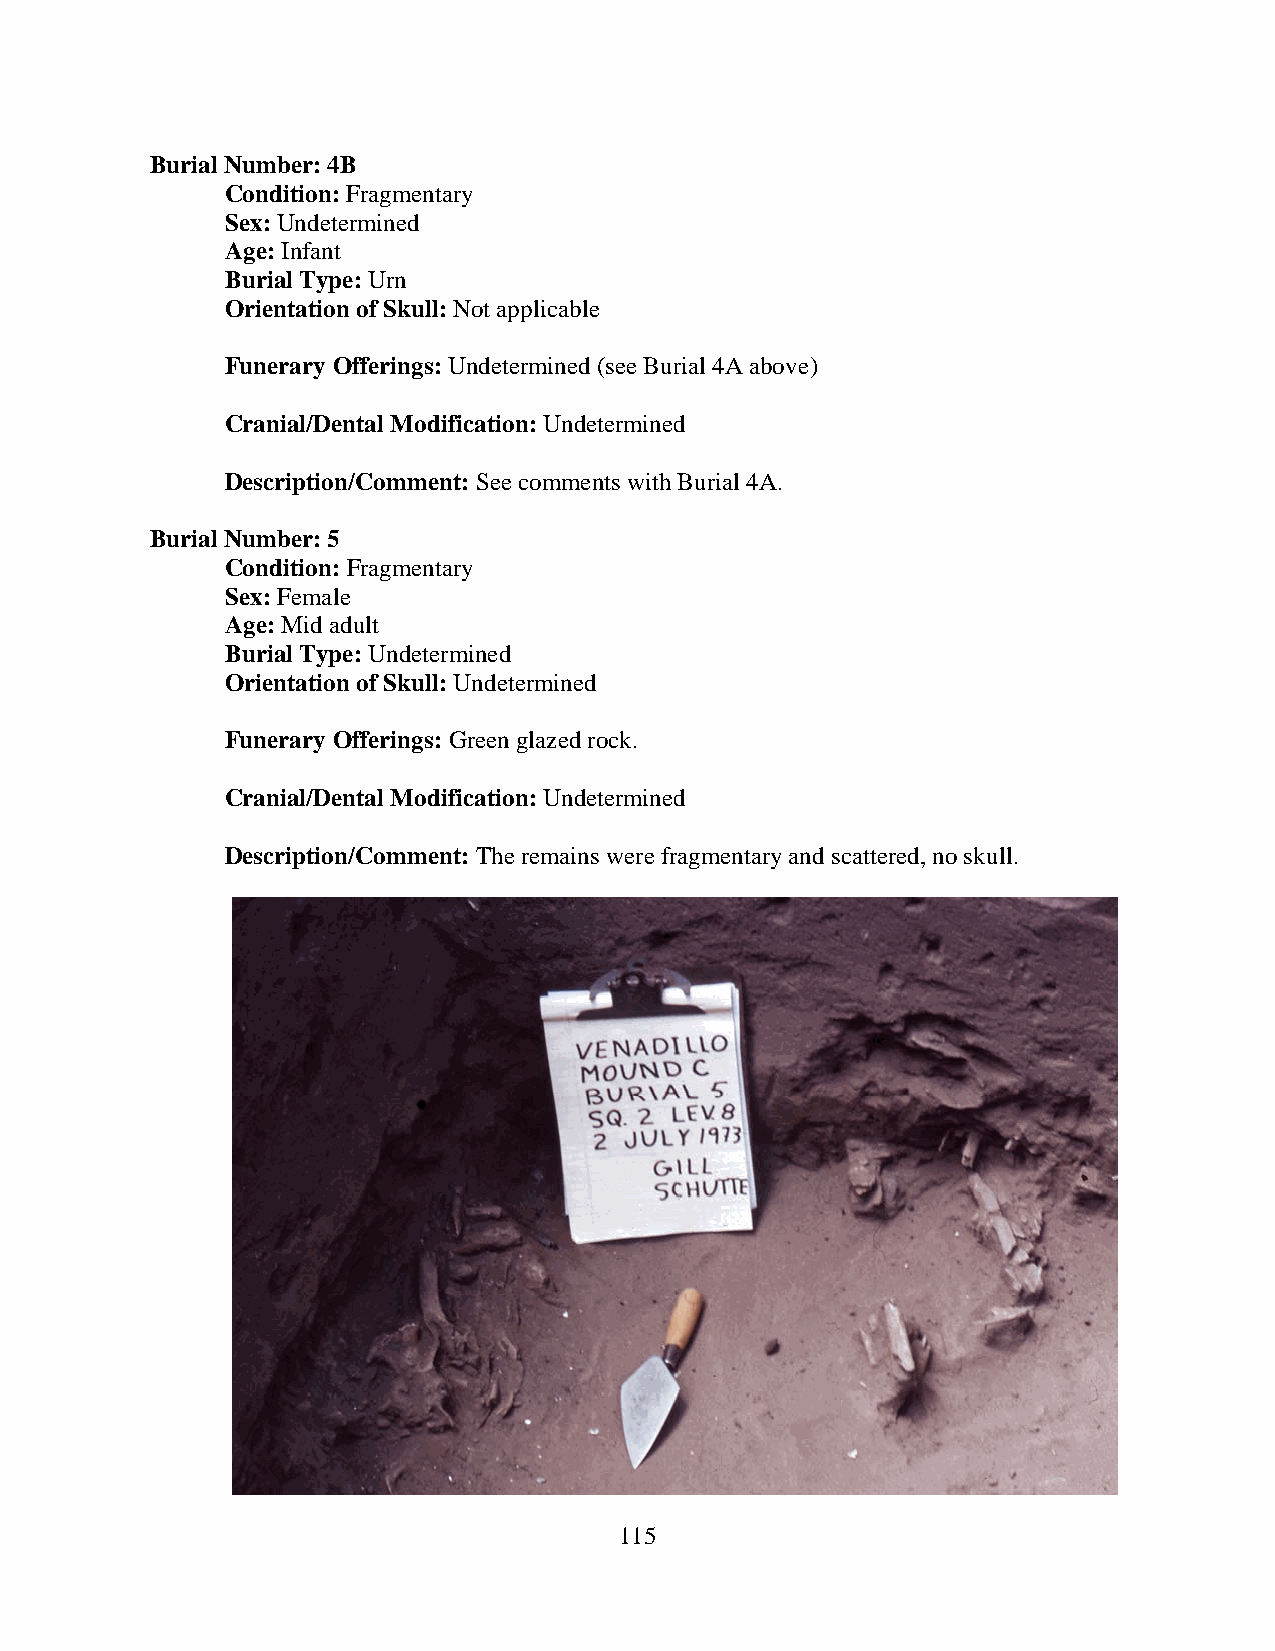
Burial Number: 4B
 Condition: Fragmentary
 Sex: Undetermined
 Age: Infant
 Burial Type: Urn
 Orientation of Skull: Not applicable
 Funerary Offerings: Undetermined (see Burial 4A above)
 Cranial/Dental Modification: Undetermined
 Description/Comment: See comments with Burial 4A.
 Burial Number: 5
 Condition: Fragmentary
 Sex: Female
 Age: Mid adult
 Burial Type: Undetermined
 Orientation of Skull: Undetermined
 Funerary Offerings: Green glazed rock.
 Cranial/Dental Modification: Undetermined
 Description/Comment: The remains were fragmentary and scattered, no skull.
 115